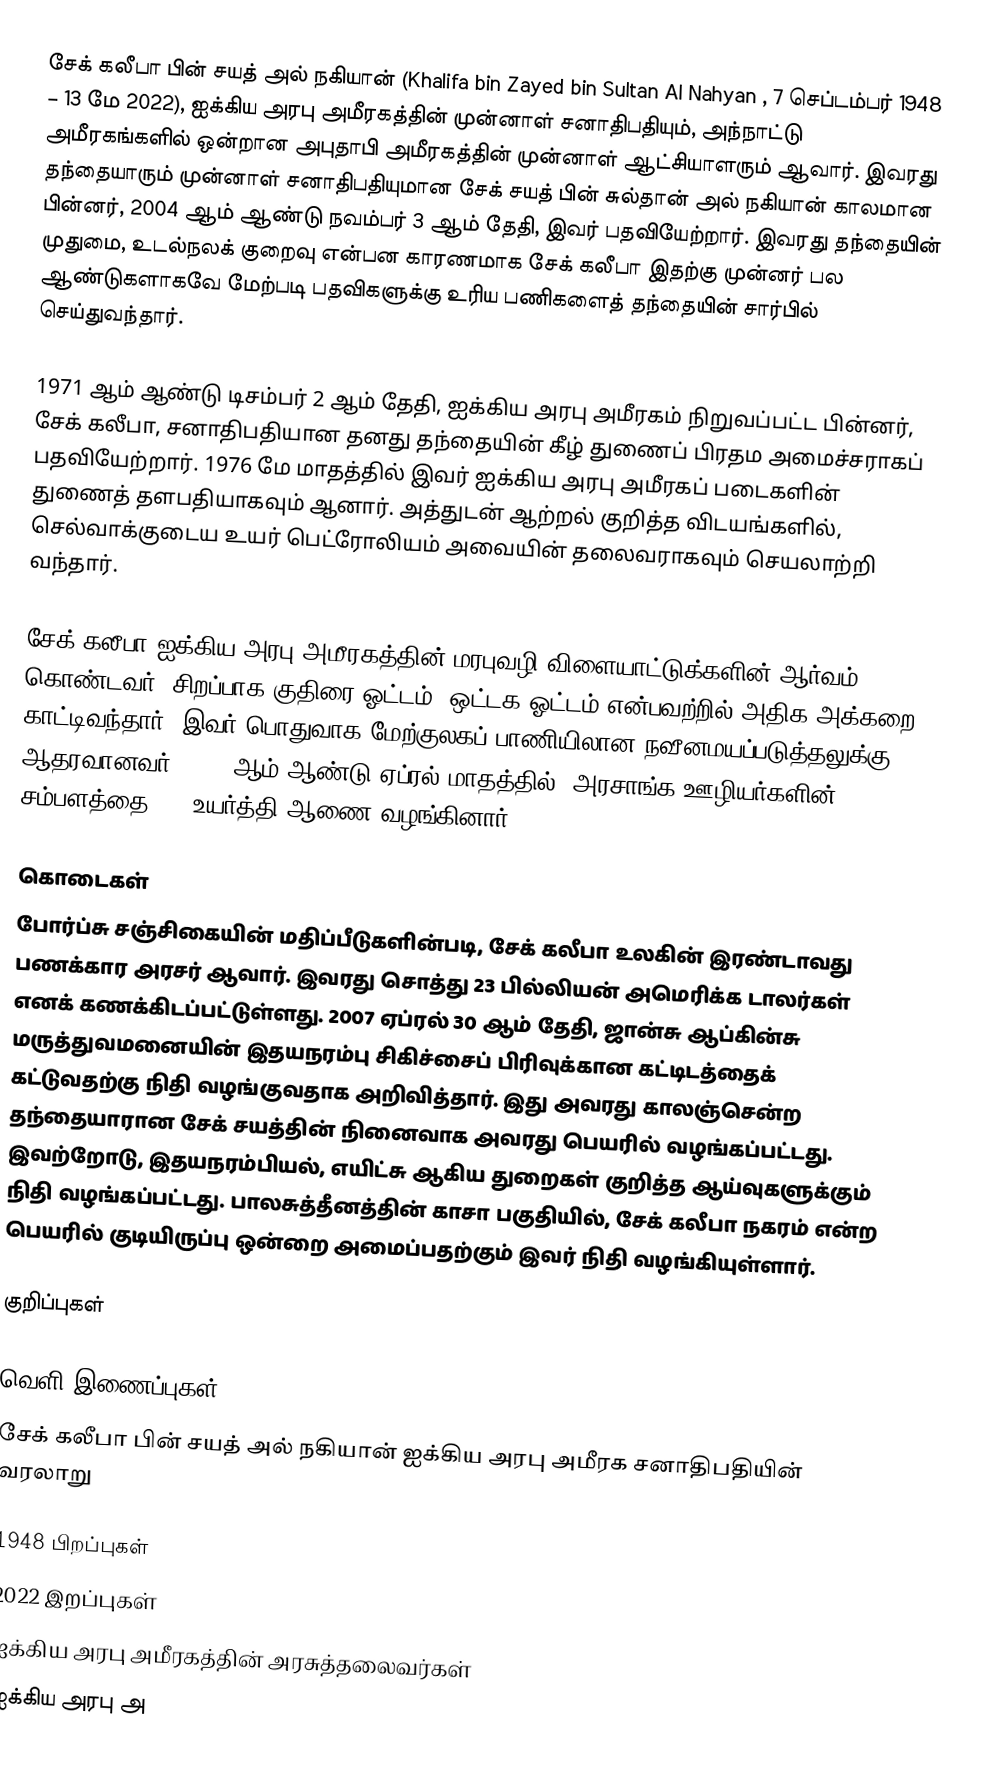
சேக் கலீபா பின் சயத் அல் நகியான் (Khalifa bin Zayed bin Sultan Al Nahyan , 7 செப்டம்பர் 1948 – 13 மே 2022), ஐக்கிய அரபு அமீரகத்தின் முன்னாள் சனாதிபதியும், அந்நாட்டு அமீரகங்களில் ஒன்றான அபுதாபி அமீரகத்தின் முன்னாள் ஆட்சியாளரும் ஆவார். இவரது தந்தையாரும் முன்னாள் சனாதிபதியுமான சேக் சயத் பின் சுல்தான் அல் நகியான் காலமான பின்னர், 2004 ஆம் ஆண்டு நவம்பர் 3 ஆம் தேதி, இவர் பதவியேற்றார். இவரது தந்தையின் முதுமை, உடல்நலக் குறைவு என்பன காரணமாக சேக் கலீபா இதற்கு முன்னர் பல ஆண்டுகளாகவே மேற்படி பதவிகளுக்கு உரிய பணிகளைத் தந்தையின் சார்பில் செய்துவந்தார்.

1971 ஆம் ஆண்டு டிசம்பர் 2 ஆம் தேதி, ஐக்கிய அரபு அமீரகம் நிறுவப்பட்ட பின்னர், சேக் கலீபா, சனாதிபதியான தனது தந்தையின் கீழ் துணைப் பிரதம அமைச்சராகப் பதவியேற்றார். 1976 மே மாதத்தில் இவர் ஐக்கிய அரபு அமீரகப் படைகளின் துணைத் தளபதியாகவும் ஆனார். அத்துடன் ஆற்றல் குறித்த விடயங்களில், செல்வாக்குடைய உயர் பெட்ரோலியம் அவையின் தலைவராகவும் செயலாற்றி வந்தார்.

சேக் கலீபா ஐக்கிய அரபு அமீரகத்தின் மரபுவழி விளையாட்டுக்களின் ஆர்வம் கொண்டவர். சிறப்பாக குதிரை ஓட்டம், ஒட்டக ஓட்டம் என்பவற்றில் அதிக அக்கறை காட்டிவந்தார். இவர் பொதுவாக மேற்குலகப் பாணியிலான நவீனமயப்படுத்தலுக்கு ஆதரவானவர். 2005 ஆம் ஆண்டு ஏப்ரல் மாதத்தில், அரசாங்க ஊழியர்களின் சம்பளத்தை 70% உயர்த்தி ஆணை வழங்கினார்.

கொடைகள்
போர்ப்சு சஞ்சிகையின் மதிப்பீடுகளின்படி, சேக் கலீபா உலகின் இரண்டாவது பணக்கார அரசர் ஆவார். இவரது சொத்து 23 பில்லியன் அமெரிக்க டாலர்கள் எனக் கணக்கிடப்பட்டுள்ளது. 2007 ஏப்ரல் 30 ஆம் தேதி, ஜான்சு ஆப்கின்சு மருத்துவமனையின் இதயநரம்பு சிகிச்சைப் பிரிவுக்கான கட்டிடத்தைக் கட்டுவதற்கு நிதி வழங்குவதாக அறிவித்தார். இது அவரது காலஞ்சென்ற தந்தையாரான சேக் சயத்தின் நினைவாக அவரது பெயரில் வழங்கப்பட்டது. இவற்றோடு, இதயநரம்பியல், எயிட்சு ஆகிய துறைகள் குறித்த ஆய்வுகளுக்கும் நிதி வழங்கப்பட்டது. பாலசுத்தீனத்தின் காசா பகுதியில், சேக் கலீபா நகரம் என்ற பெயரில் குடியிருப்பு ஒன்றை அமைப்பதற்கும் இவர் நிதி வழங்கியுள்ளார்.

குறிப்புகள்

வெளி இணைப்புகள்
 சேக் கலீபா பின் சயத் அல் நகியான்  ஐக்கிய அரபு அமீரக சனாதிபதியின் வரலாறு

1948 பிறப்புகள்
2022 இறப்புகள்
ஐக்கிய அரபு அமீரகத்தின் அரசுத்தலைவர்கள்
ஐக்கிய அரபு அ